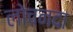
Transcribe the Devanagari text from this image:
लोचनदा